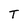
Character: T